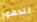
تتدهور